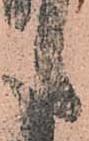
た